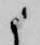
候